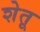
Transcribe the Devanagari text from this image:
शेतू